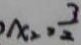
x _ { 2 } = \frac { 3 } { 2 }